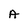
Character: A